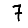
Digit: 7